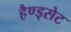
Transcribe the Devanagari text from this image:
हैण्ड्सेट